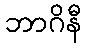
ဘာဂိနီ